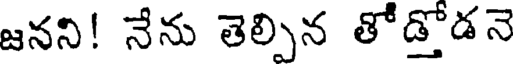
జనని! నేను తెల్పిన తోడ్తోడనె